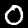
Digit: 0